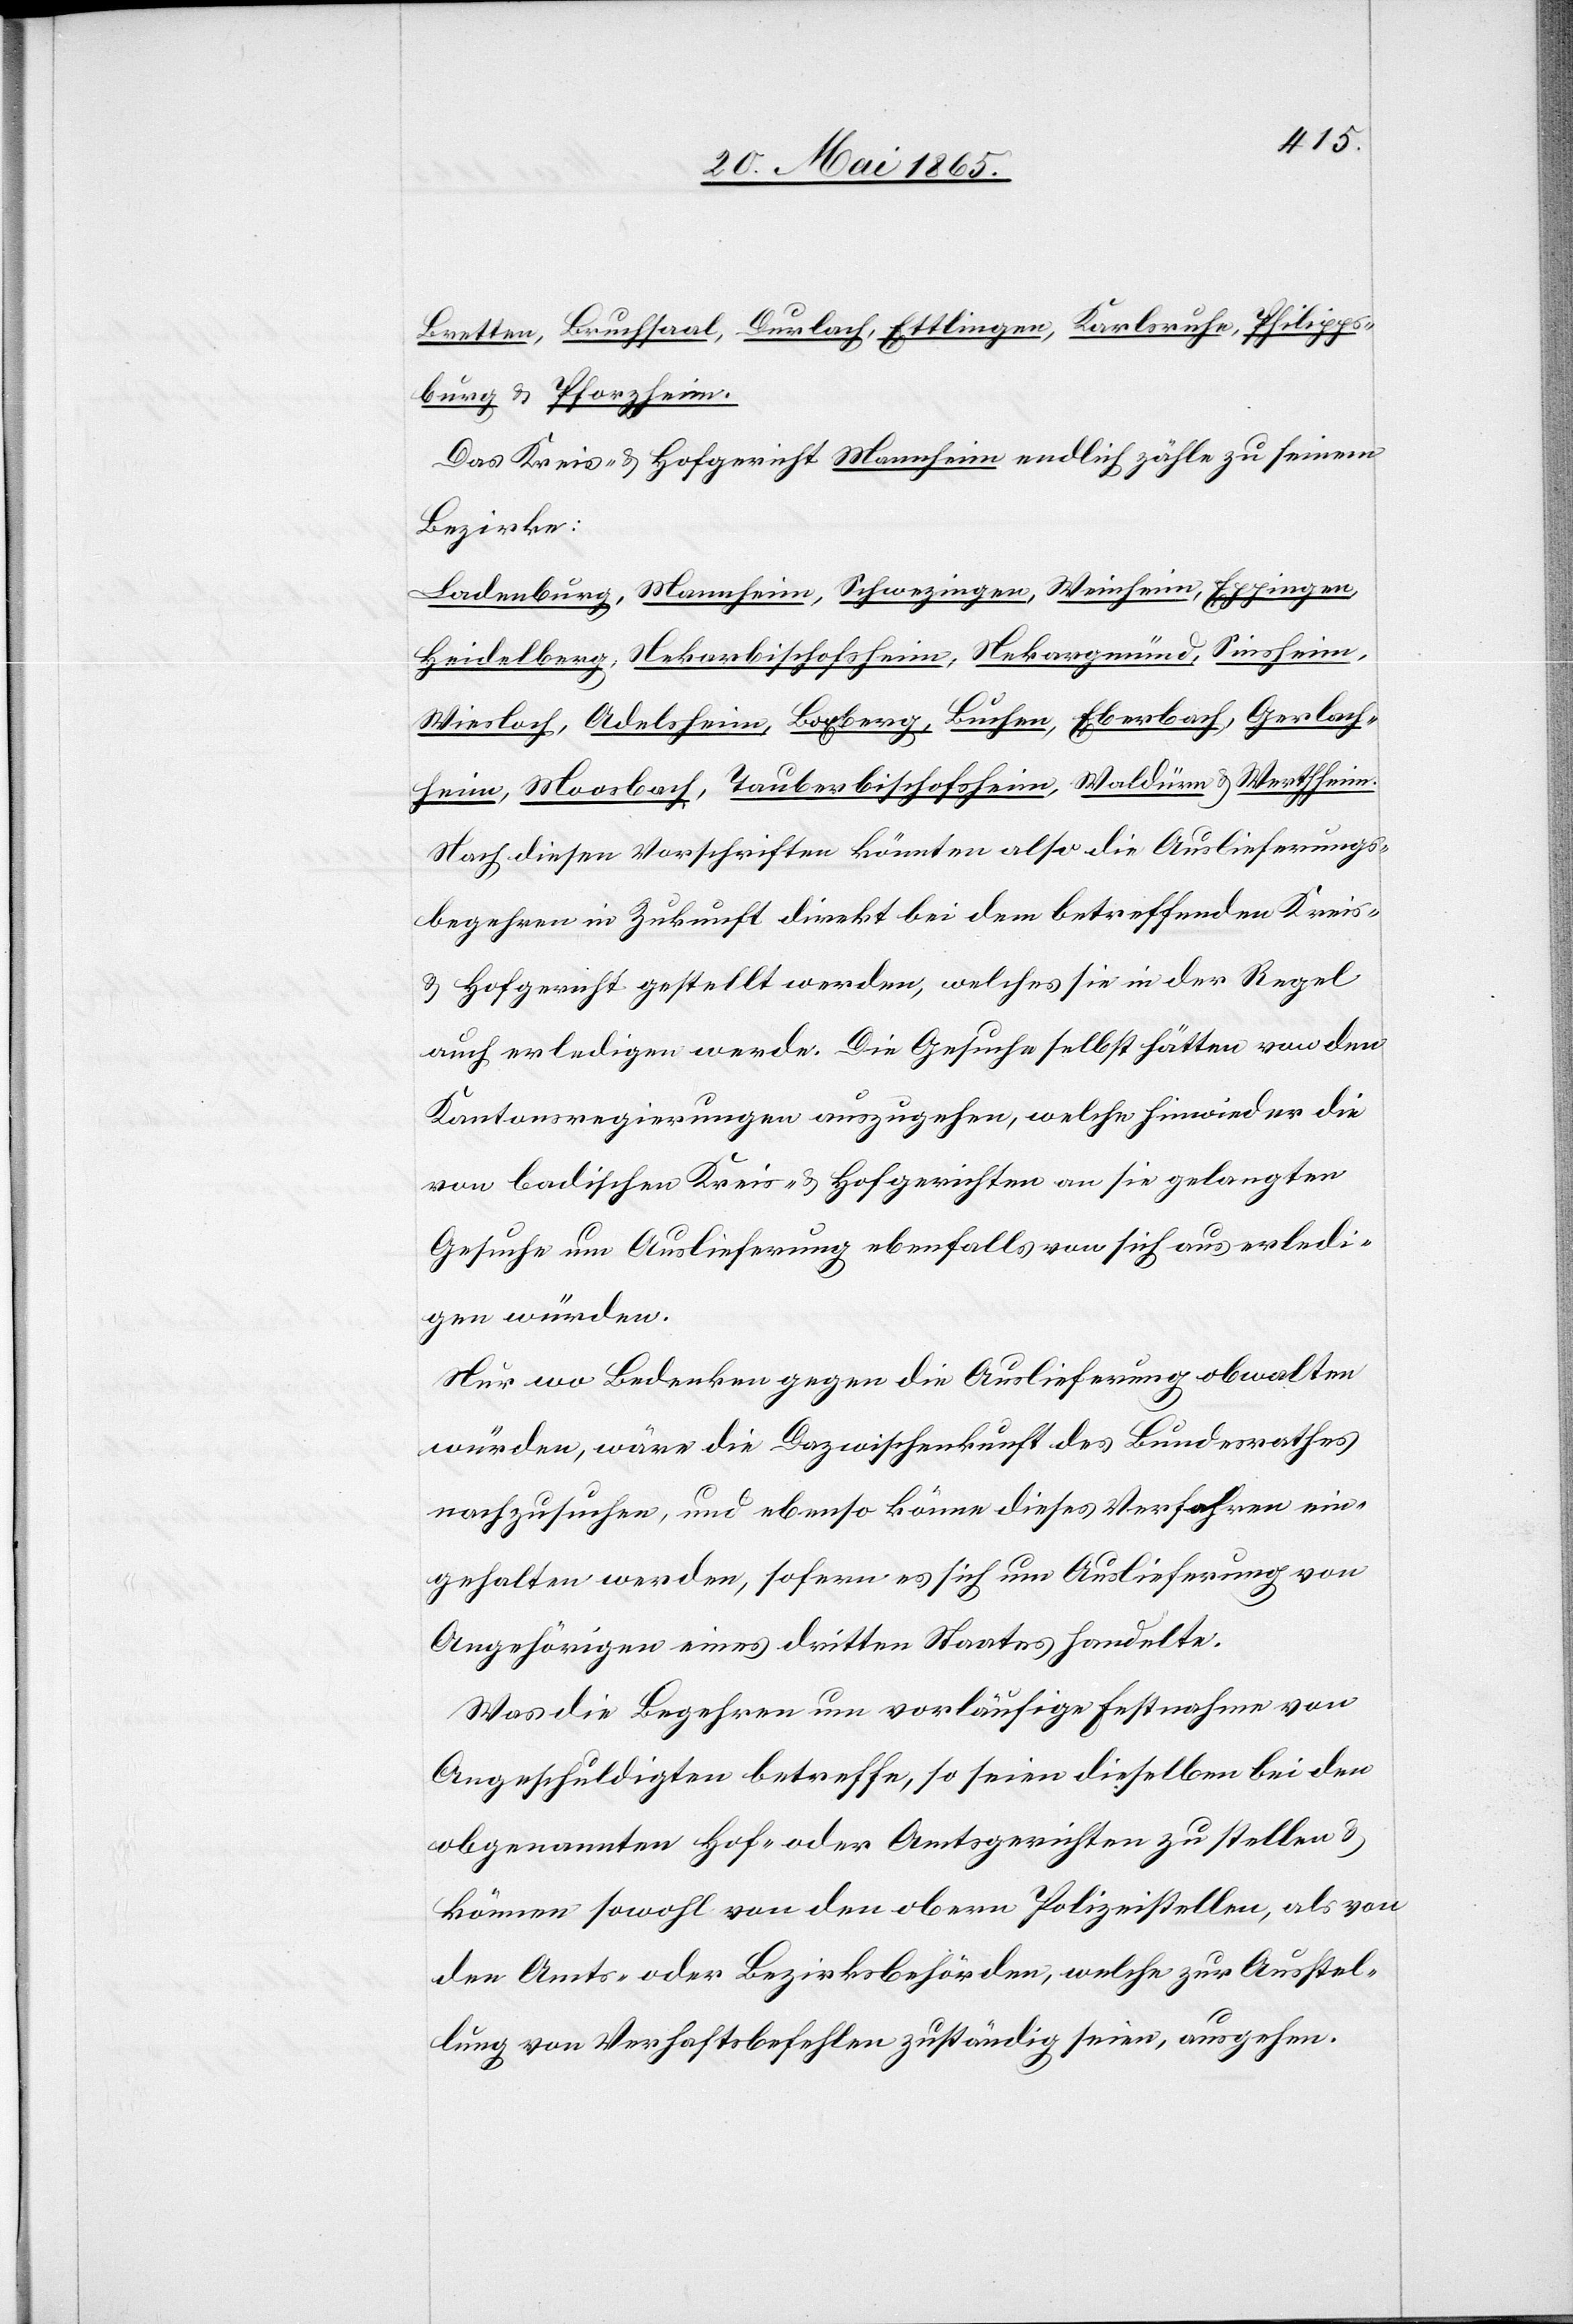
Bretten, Bruchsaal, Durlach, Ettlingen, Karlsruhe, Philipps¬
burg & Pforzheim.
Das Kreis- & Hofgericht Mannheim endlich zähle zu seinem
Bezirke:
Ladenburg, Mannheim, Schwezingen, Weinheim, Eppingen,
Heidelberg, Nekarbischofsheim, Nekargmünd, Sinsheim,
Wiesloch, Adelsheim, Boxberg, Buchen, Eberbach, Gerlach¬
heim, Moosbach, Tauberbischofsheim, Waldürn & Werthheim.
Nach diesen Vorschriften könnten also die Auslieferungs¬
begehren in Zukunft direkt bei dem betreffenden Kreis-
& Hofgericht gestellt werden, welches sie in der Regel
auch erledigen werde. Die Gesuche selbst hätten von den
Kantonsregierungen auszugehen, welche hinwieder die
von badischen Kreis- & Hofgerichten an sie gelangten
Gesuche um Auslieferung ebenfalls von sich aus erledi¬
gen würden.
Nur wo Bedenken gegen die Auslieferung obwalten
würden, wäre die Dazwischenkunft des Bundesrathes
nachzusuchen, und ebenso könne dieses Verfahren ein¬
gehalten werden, sofern es sich um Auslieferung von
Angehörigen eines dritten Staates handelte.
Was die Begehren um vorläufige Festnahme von
Angeschuldigten betreffe, so seien dieselben bei den
obgenannten Hof- oder Amtsgerichten zu stellen &
können sowohl von den obern Polizeistellen, als von
den Amts- oder Bezirksbehörden, welche zur Ausstel¬
lung von Verhaftsbefehlen zuständig seien, ausgehen.